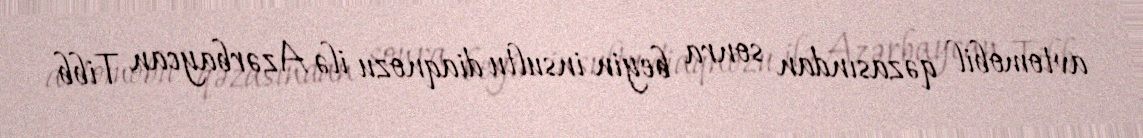
avtomobil qəzasından sonra beyin insultu diaqnozu ilə Azərbaycan Tibb